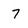
Character: 7